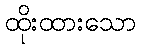
ထိုးထားသော